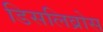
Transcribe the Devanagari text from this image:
डिसलिव्रोस